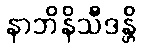
နာဘိနိသီဒန္တိ